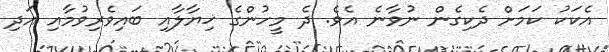
އެކަކު ކަމަށް ދެކިގެން ނުވާނެ އެވެ. ދެ މީހުންގެ ޚިޔާލާއި ބައިވެރިވުމާއި އަދި